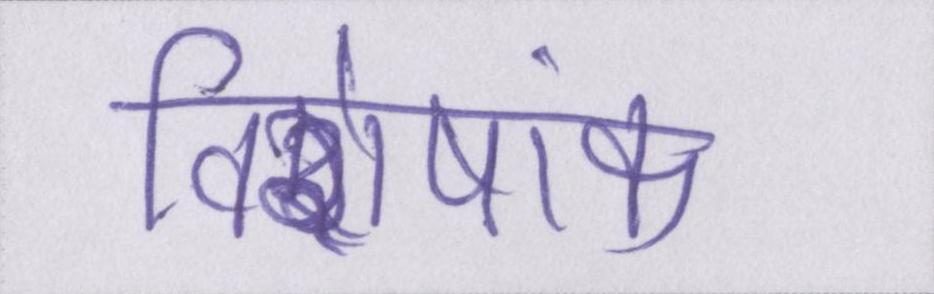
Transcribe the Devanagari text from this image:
विशेषांक